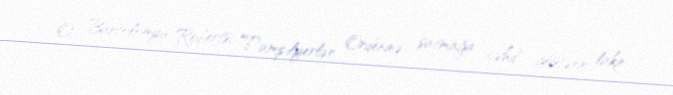
O, Bartolomyu Robertsi Tampilyerlər Ordeninə satmağa cəhd göstərir, lakin